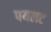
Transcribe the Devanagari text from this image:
पयलट